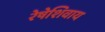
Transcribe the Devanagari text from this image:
रेषेशिवाय